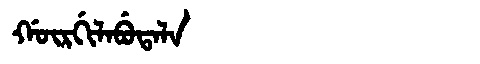
Manchu: ᡤᡡᡵᡤᡳᠯᠠᠪᡠᡨᠠᠯᠠ
Romanization: GŪRGILABUTALA